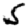
Digit: 5